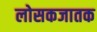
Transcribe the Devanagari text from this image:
लोसकजातक